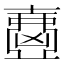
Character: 𡕂